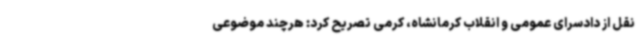
نقل از دادسرای عمومی و انقلاب کرمانشاه، کرمی تصریح کرد: هرچند موضوعی